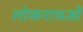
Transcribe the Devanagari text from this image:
लोकगाथओं